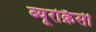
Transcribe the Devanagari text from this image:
ब्यूरोक्रैसी